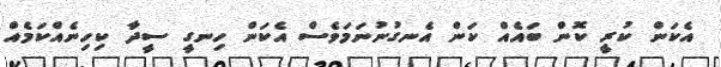
އެކަން ކުރީ ކޮން ބައެއް ކަން އެނގުނުނަމަވެސް އެކަން ހިނގީ ސީދާ ކިހިނެއްކަމެއް